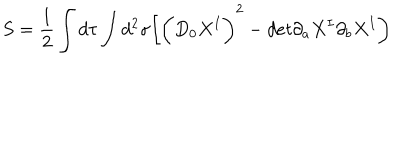
LaTeX: S = \frac { 1 } { 2 } \int d \tau \int d ^ { 2 } \sigma \biggl [ \biggl ( D _ { 0 } X ^ { I } \biggr ) ^ { 2 } - d e t \partial _ { a } X ^ { I } \partial _ { b } X ^ { I } \biggr )